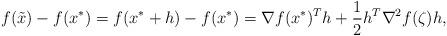
LaTeX: \begin{align*}f(\tilde x) -f(x^*)= f(x^*+h)- f(x^*)= \nabla f(x^*)^Th+{1\over 2} h^T\nabla^2 f(\zeta) h,\end{align*}